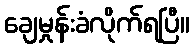
ချေမှုန်းခံလိုက်ရပြီ။